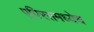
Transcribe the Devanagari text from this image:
एपिरसमध्येच